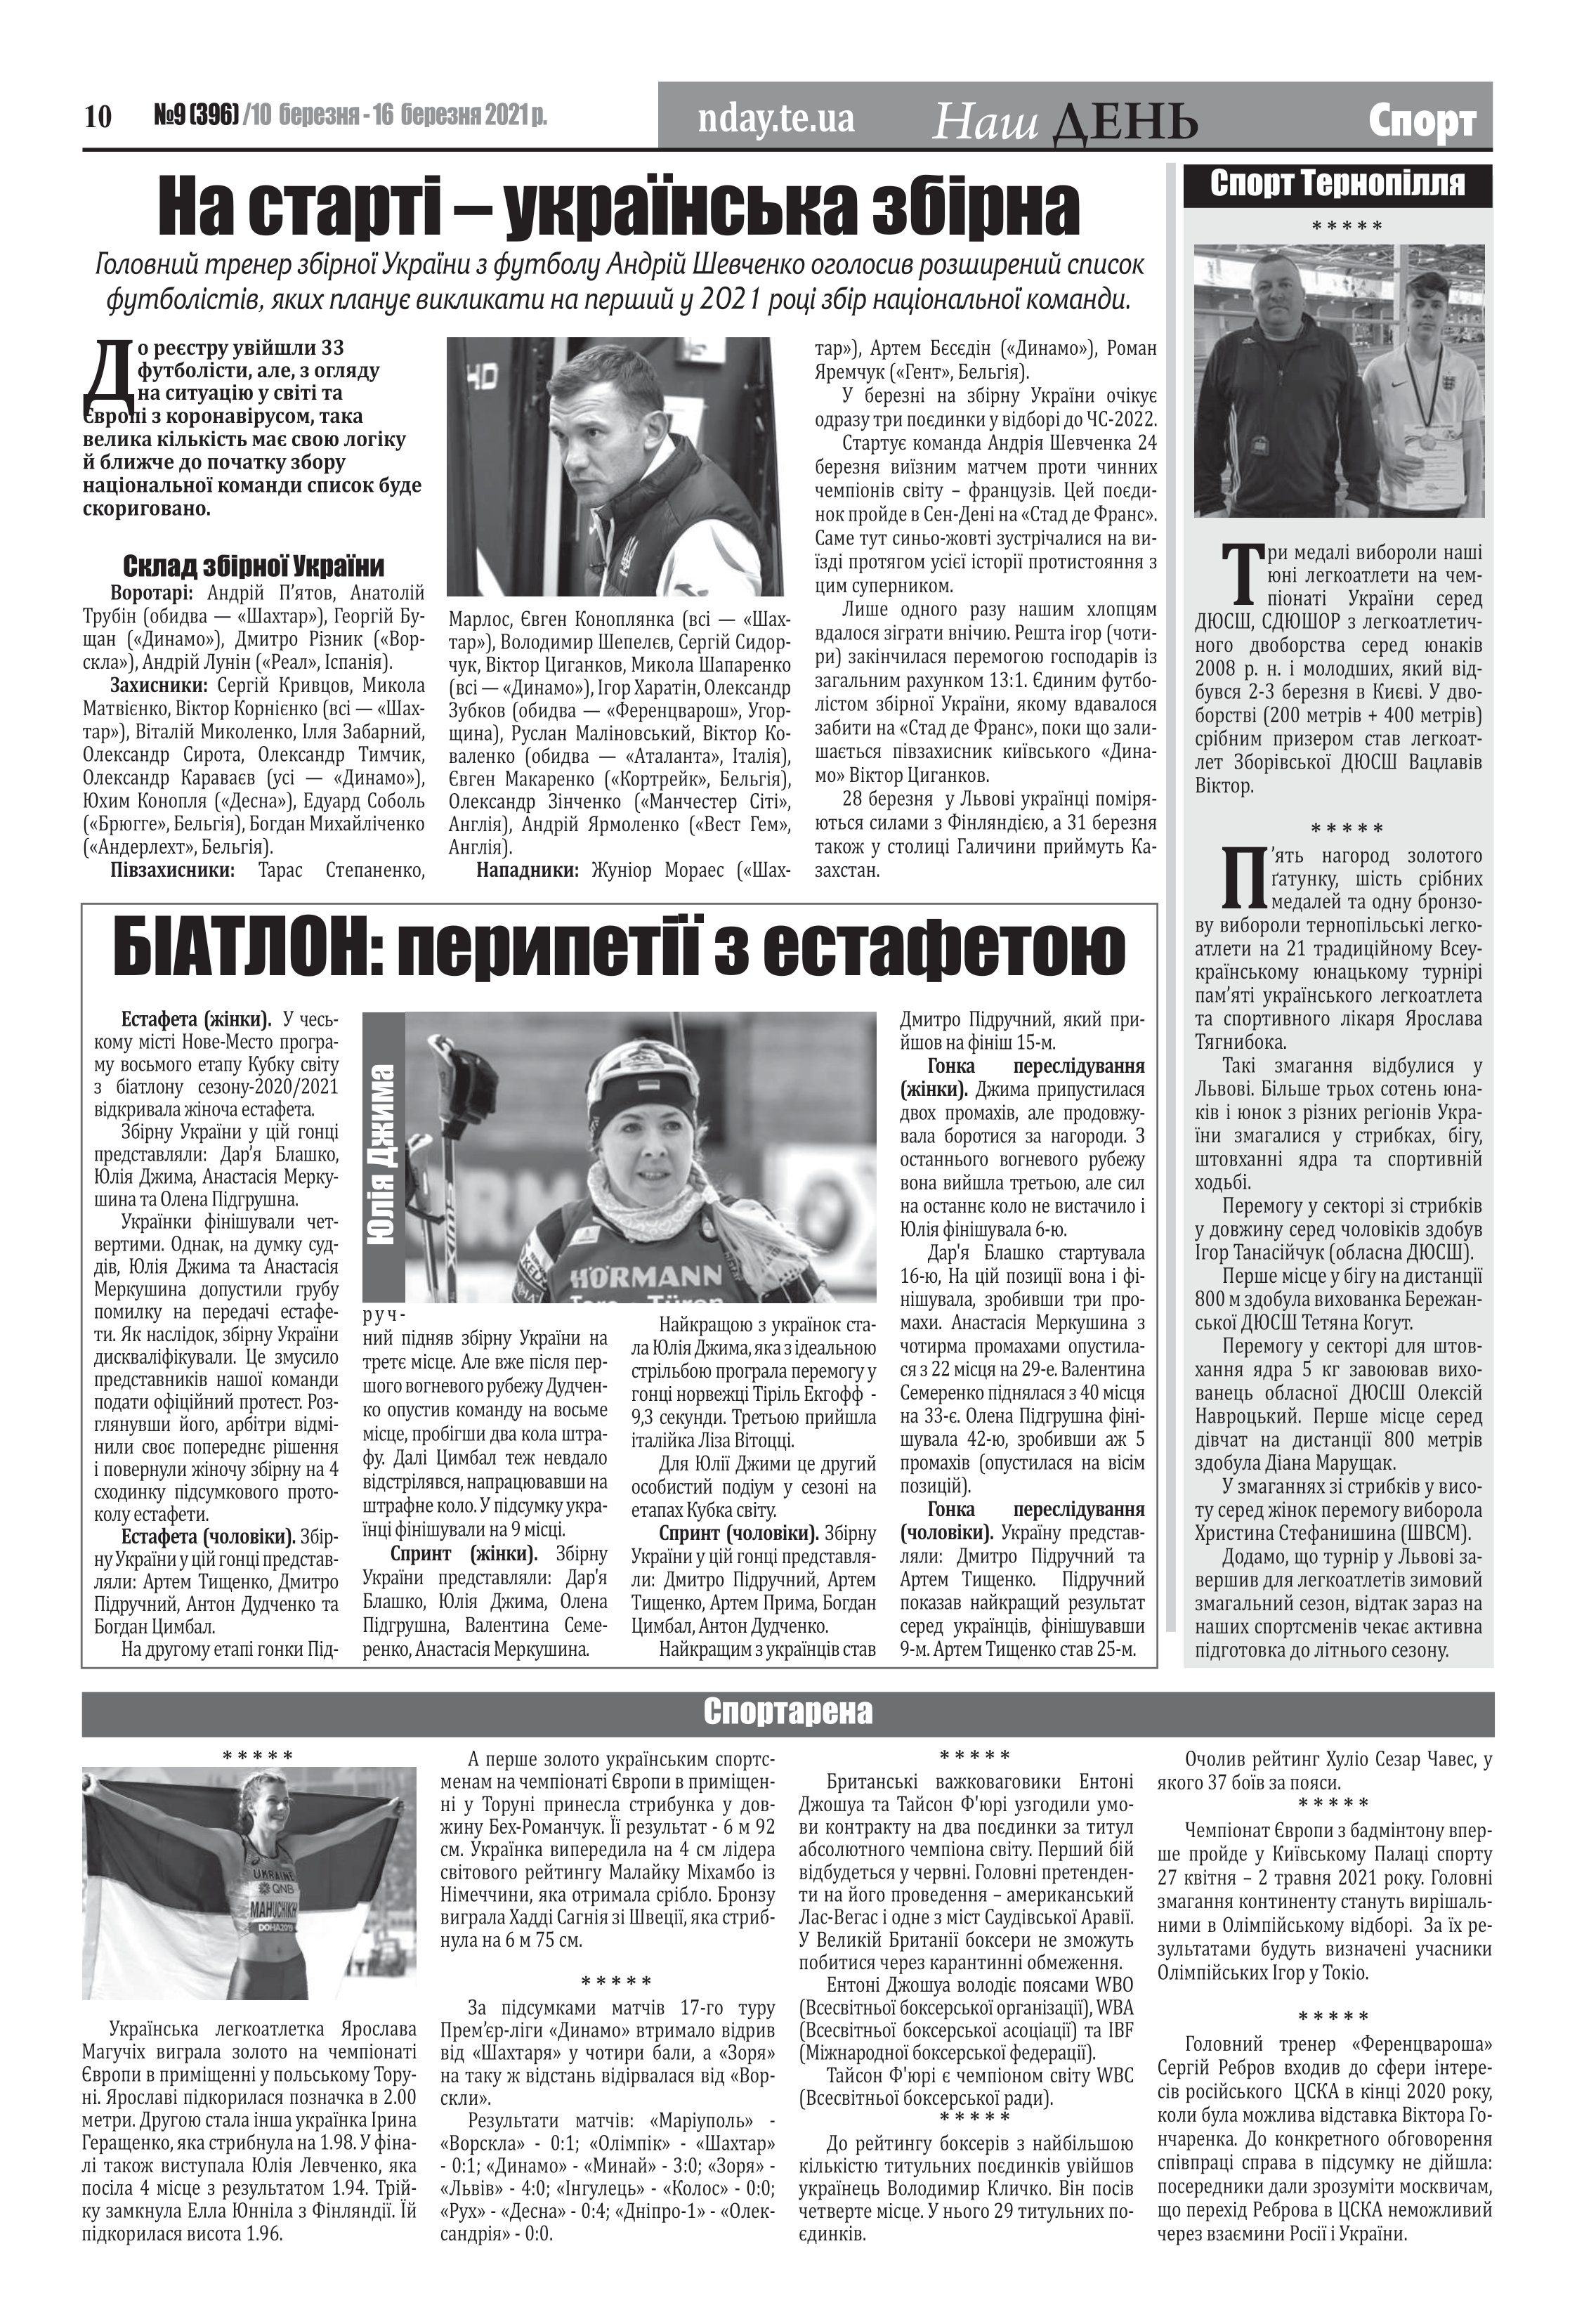
Language: uk